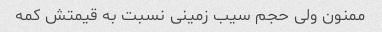
ممنون ولی حجم سیب زمینی نسبت به قیمتش کمه